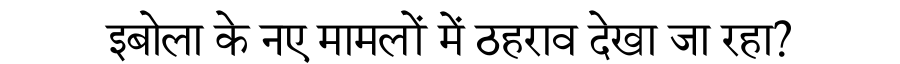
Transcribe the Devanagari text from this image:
इबोला के नए मामलों में ठहराव देखा जा रहा?